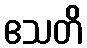
ဧသတိ